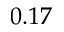
0 . 1 7